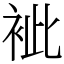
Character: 䘣